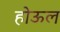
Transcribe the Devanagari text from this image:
होऊल